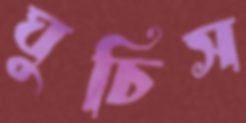
ঘুচিস